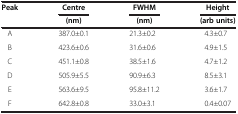
<table><thead><tr><td><b>Peak</b></td><td><b>Centre</b></td><td><b>FWHM</b></td><td><b>Height</b></td></tr><tr><td><b> </b></td><td><b>(nm)</b></td><td><b>(nm)</b></td><td><b>(arb units)</b></td></tr></thead><tbody><tr><td>A</td><td>387.0±0.1</td><td>21.3±0.2</td><td>4.3±0.7</td></tr><tr><td>B</td><td>423.6±0.6</td><td>31.6±0.6</td><td>4.9±1.5</td></tr><tr><td>C</td><td>451.1±0.8</td><td>38.5±1.6</td><td>4.7±1.2</td></tr><tr><td>D</td><td>505.9±5.5</td><td>90.9±6.3</td><td>8.5±3.1</td></tr><tr><td>E</td><td>563.6±9.5</td><td>95.8±11.2</td><td>3.6±1.7</td></tr><tr><td>F</td><td>642.8±0.8</td><td>33.0±3.1</td><td>0.4±0.07</td></tr></tbody></table>